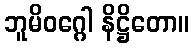
ဘူမိဝဂ္ဂေါ နိဋ္ဌိတော။